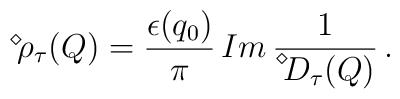
\displaystyle{ \raisebox{0.9ex}{\scriptsize{$\diamond$}}} \mbox{\hspace{-0.33ex}} \rho_\tau (Q) = \frac{\epsilon (q_0)}{\pi} \, Im \, \frac{1}{\displaystyle{ \raisebox{1.1ex}{\scriptsize{$\diamond$}}} \mbox{\hspace{-0.33ex}} D_\tau (Q)} \, .